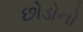
છોડોનો